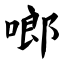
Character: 啷